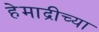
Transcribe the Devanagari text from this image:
हेमाद्रीच्या